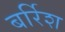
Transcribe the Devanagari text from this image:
बर्रिश